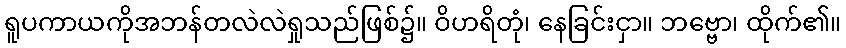
ရူပကာယကိုအဘန်တလဲလဲရှုသည်ဖြစ်၌။ ဝိဟရိတုံ၊ နေခြင်းငှာ။ ဘဗ္ဗော၊ ထိုက်၏။